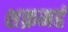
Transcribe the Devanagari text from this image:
शक्रमहं